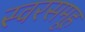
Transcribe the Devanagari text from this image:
स्वरसमूह